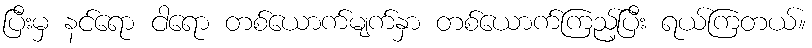
ပြီးမှ နင်ရော ငါရော တစ်ယောက်မျက်နှာ တစ်ယောက်ကြည့်ပြီး ရယ်ကြတယ်။